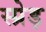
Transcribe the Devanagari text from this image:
स्प्रेड़